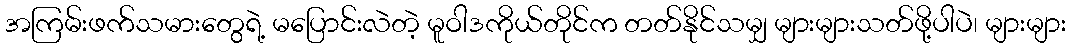
အကြမ်းဖက်သမားတွေရဲ့ မပြောင်းလဲတဲ့ မူဝါဒကိုယ်တိုင်က တတ်နိုင်သမျှ များများသတ်ဖို့ပါပဲ၊ များများ